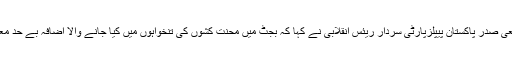
مہمان خصوصی ضلعی صدر پاکستان پیپلزپارٹی سردار ریئس انقلابی نے کہا کہ بجٹ میں محنت کشوں کی تنخواہوں میں کیا جانے والا اضافہ بے حد معمولی نو عیت کا ہے۔